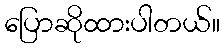
ပြောဆိုထားပါတယ်။